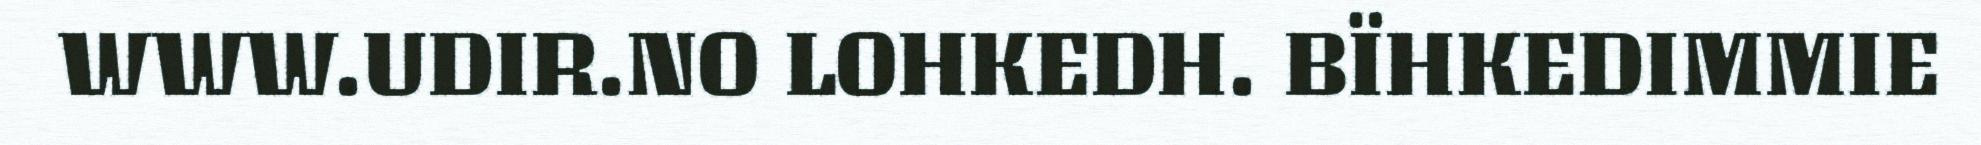
WWW.UDIR.NO LOHKEDH. BÏHKEDIMMIE